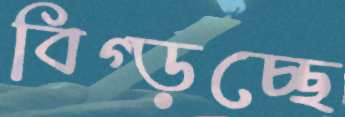
বিগ্‌ড়চ্ছে